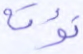
نؤته